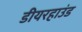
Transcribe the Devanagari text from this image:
डीयरहाउंड